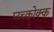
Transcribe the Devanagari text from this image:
प्य्च्कोक्क